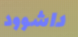
داشوود